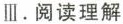
Ⅲ.阅读理解